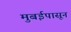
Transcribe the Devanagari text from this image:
मुबईपासून